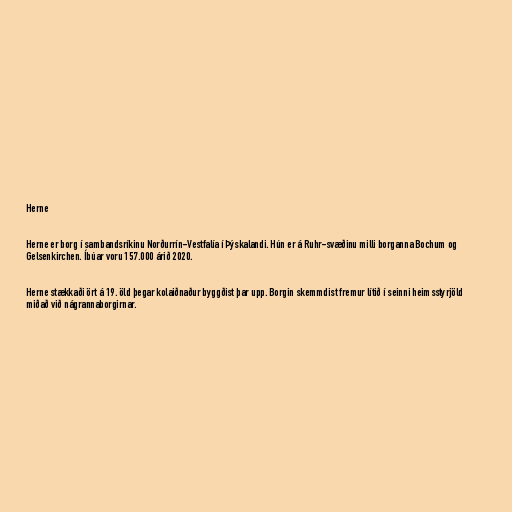
Herne

Herne er borg í sambandsríkinu Norðurrín-Vestfalía í Þýskalandi. Hún er á Ruhr-svæðinu milli borganna Bochum og
Gelsenkirchen. Íbúar voru 157.000 árið 2020.

Herne stækkaði ört á 19. öld þegar kolaiðnaður byggðist þar upp. Borgin skemmdist fremur lítið í seinni heimsstyrjöld
miðað við nágrannaborgirnar.